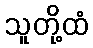
သူတို့ထံ